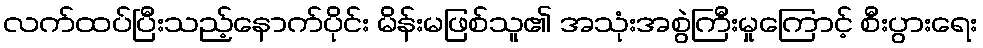
လက်ထပ်ပြီးသည့်နောက်ပိုင်း မိန်းမဖြစ်သူ၏ အသုံးအစွဲကြီးမှုကြောင့် စီးပွားရေး